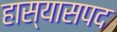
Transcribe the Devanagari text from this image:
हास्यासपद